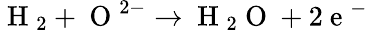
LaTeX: \mathrm{~H~}_{2}+\mathrm{~O~}^{2-}\rightarrow\mathrm{~H~}_{2}\mathrm{~O~}+2\mathrm{~e~}^{-}